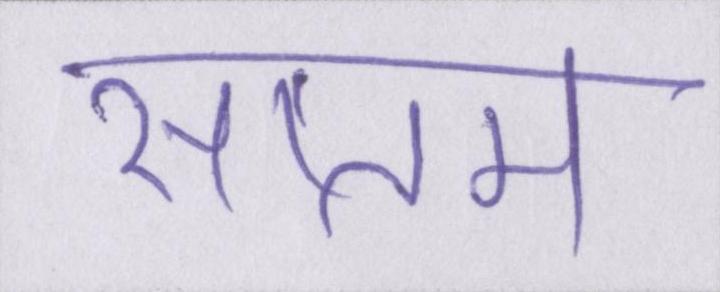
सप्तम